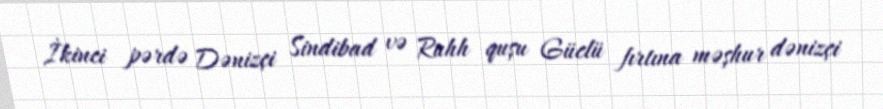
İkinci pərdə Dənizçi Sindibad və Ruhh quşu Güclü fırtına məşhur dənizçi